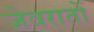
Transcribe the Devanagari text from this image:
जेवरातों